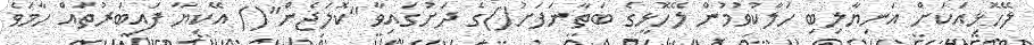
ލޭހޮޅިއަކަށް އަނިޔާލިބި ހަލާކުވުމުން ލޭހޮޅީގެ ބަތާނަފަށު()ގެ ދަށުގައިވާ ''ކޮލަޖެން''() އޭކިޔާ ފައިބަރުތައް ހާމަވެ